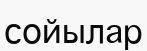
сойылар